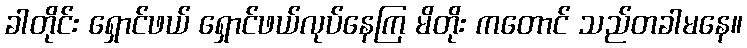
ခါတိုင်း ရှောင်ဖယ် ရှောင်ဖယ်လုပ်နေကြ မိတိုး ကတောင် သည်တခါမနေ။